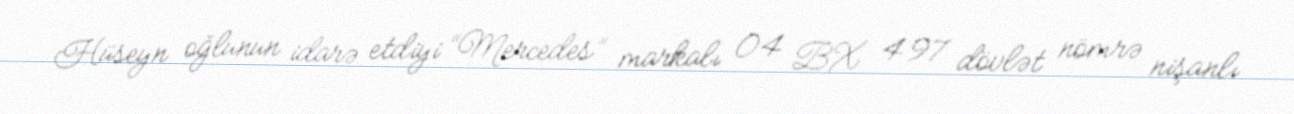
Hüseyn oğlunun idarə etdiyi “Mercedes” markalı 04 BX 497 dövlət nömrə nişanlı